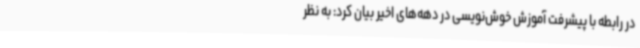
در رابطه با پیشرفت آموزش خوش‌نویسی در دهه‌های اخیر بیان کرد: به نظر